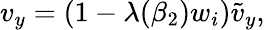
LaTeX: v_{y}=(1-\lambda(\beta_{2})w_{i})\tilde{v}_{y},